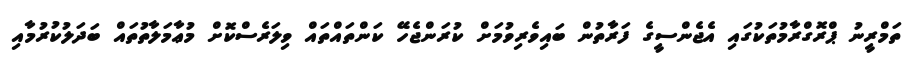
ތަމްރީނު ޕްރޮގްރާމުތަކުގައި އެޖެންސީގެ ފަރާތުން ބައިވެރިވުމަށް ކުރަންޖެހޭ ކަންތައްތައް ވިލަރެސްކޮށް މުޢާމަލާތުތައް ބަދަލުކުރުމާއި